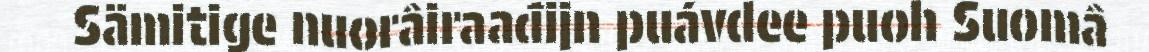
Sämitige nuorâiraađijn puávdee puoh Suomâ